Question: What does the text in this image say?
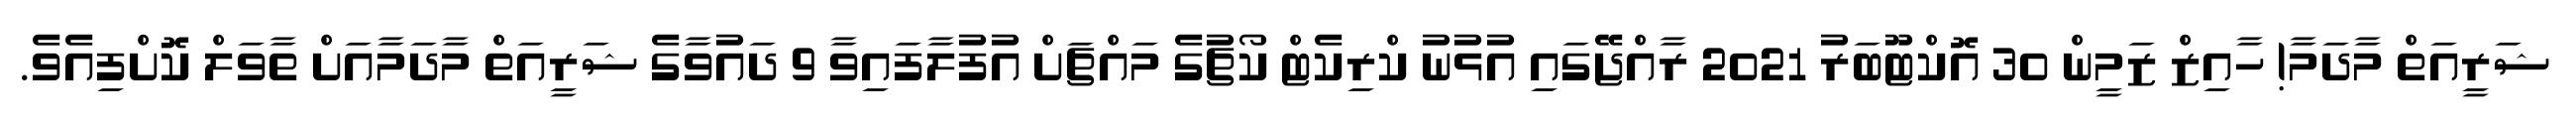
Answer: ޝަރީއަތް މާދަމާ! ހާއިޒް ޒަމީން 30 އޮކްޓޫބަރު 2021 ރާއްޖޭގައި އުޅުނު ކްރިކެޓް ކޯޗުގެ މައްޗަށް އުފުލާފައިވާ 9 ދައުވާގެ ޝަރީއަތް މާދަމާއަށް ތާވަލް ކޮށްފިއެވެ.